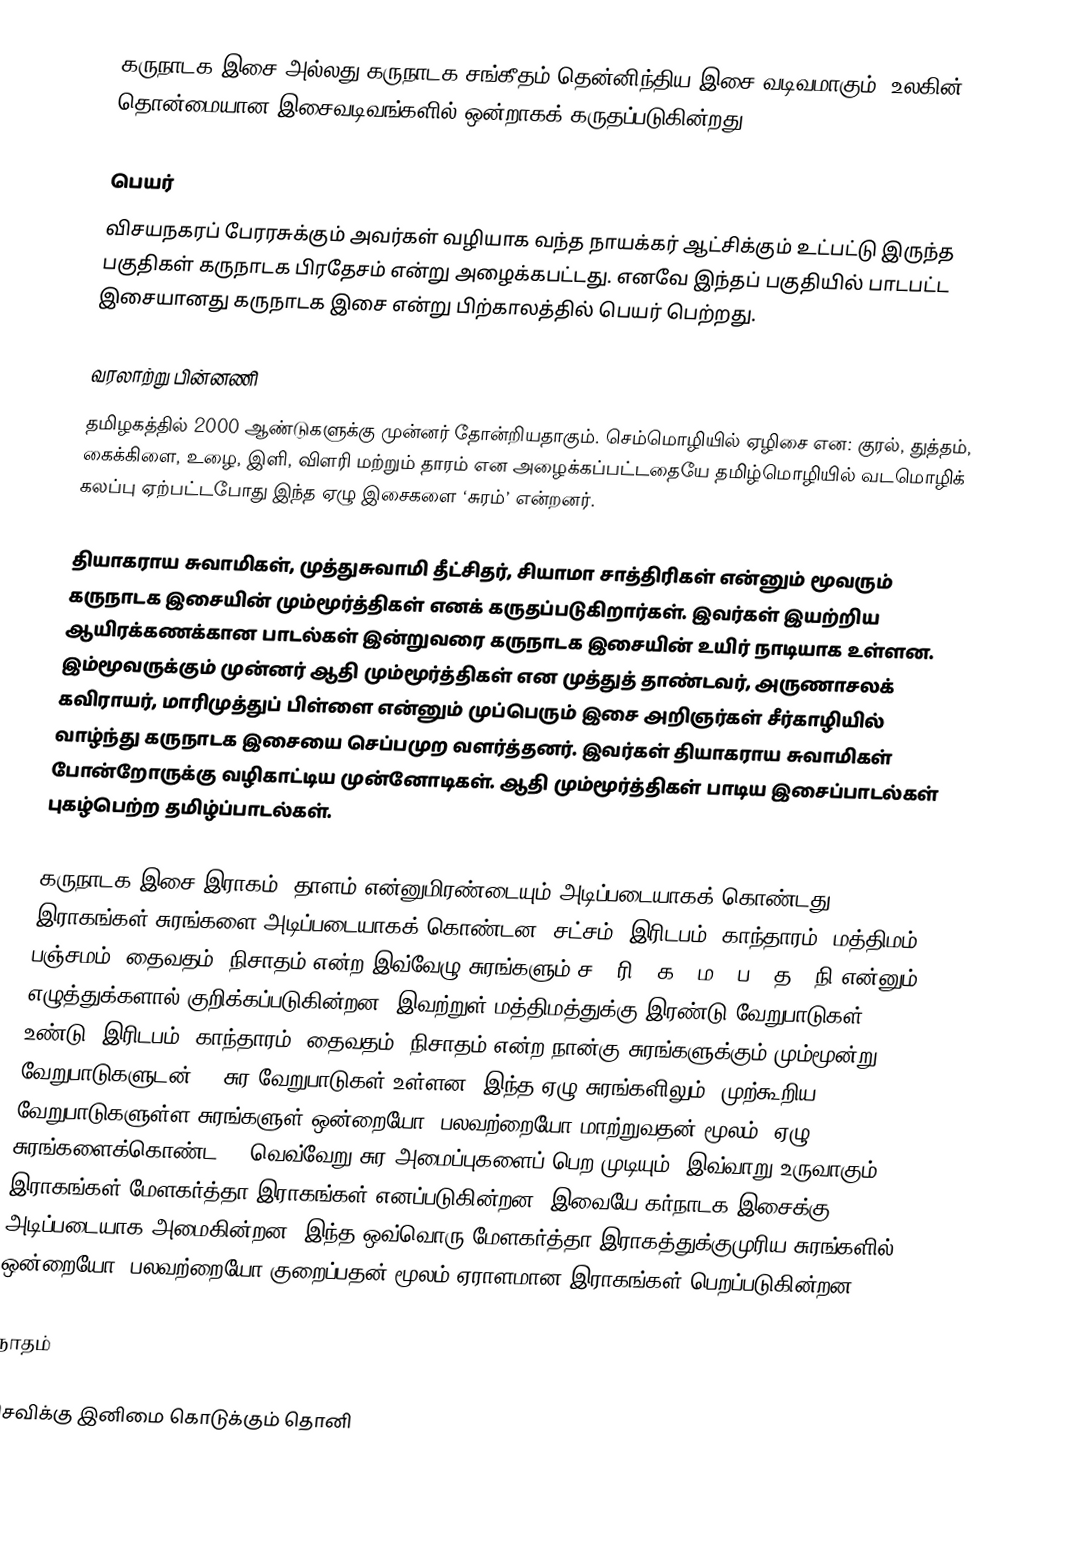
கருநாடக இசை அல்லது கருநாடக சங்கீதம் தென்னிந்திய இசை வடிவமாகும். உலகின் தொன்மையான இசைவடிவங்களில் ஒன்றாகக் கருதப்படுகின்றது.

பெயர்
விசயநகரப் பேரரசுக்கும் அவர்கள் வழியாக வந்த நாயக்கர் ஆட்சிக்கும் உட்பட்டு இருந்த பகுதிகள் கருநாடக பிரதேசம் என்று அழைக்கபட்டது. எனவே இந்தப் பகுதியில் பாடபட்ட இசையானது கருநாடக இசை என்று பிற்காலத்தில் பெயர் பெற்றது.

வரலாற்று பின்னணி
தமிழகத்தில் 2000 ஆண்டுகளுக்கு முன்னர் தோன்றியதாகும். செம்மொழியில் ஏழிசை என: குரல், துத்தம், கைக்கிளை, உழை, இளி, விளரி மற்றும் தாரம் என அழைக்கப்பட்டதையே  தமிழ்மொழியில் வடமொழிக் கலப்பு ஏற்பட்டபோது இந்த ஏழு இசைகளை ‘சுரம்’ என்றனர்.

தியாகராய சுவாமிகள், முத்துசுவாமி தீட்சிதர், சியாமா சாத்திரிகள் என்னும் மூவரும் கருநாடக இசையின் மும்மூர்த்திகள் எனக் கருதப்படுகிறார்கள். இவர்கள் இயற்றிய ஆயிரக்கணக்கான பாடல்கள் இன்றுவரை கருநாடக இசையின் உயிர் நாடியாக உள்ளன. இம்மூவருக்கும் முன்னர் ஆதி மும்மூர்த்திகள் என முத்துத் தாண்டவர், அருணாசலக் கவிராயர், மாரிமுத்துப் பிள்ளை என்னும் முப்பெரும் இசை அறிஞர்கள் சீர்காழியில் வாழ்ந்து கருநாடக இசையை செப்பமுற வளர்த்தனர். இவர்கள் தியாகராய சுவாமிகள் போன்றோருக்கு வழிகாட்டிய முன்னோடிகள். ஆதி மும்மூர்த்திகள் பாடிய இசைப்பாடல்கள் புகழ்பெற்ற தமிழ்ப்பாடல்கள்.

கருநாடக இசை இராகம், தாளம் என்னுமிரண்டையும் அடிப்படையாகக் கொண்டது. இராகங்கள் சுரங்களை அடிப்படையாகக் கொண்டன. சட்சம், இரிடபம், காந்தாரம், மத்திமம், பஞ்சமம், தைவதம், நிசாதம் என்ற இவ்வேழு சுரங்களும் ச – ரி – க – ம – ப – த – நி என்னும் எழுத்துக்களால் குறிக்கப்படுகின்றன. இவற்றுள் மத்திமத்துக்கு இரண்டு வேறுபாடுகள் உண்டு. இரிடபம், காந்தாரம், தைவதம், நிசாதம் என்ற நான்கு சுரங்களுக்கும் மும்மூன்று வேறுபாடுகளுடன் 16 சுர வேறுபாடுகள் உள்ளன. இந்த ஏழு சுரங்களிலும், முற்கூறிய வேறுபாடுகளுள்ள சுரங்களுள் ஒன்றையோ, பலவற்றையோ மாற்றுவதன் மூலம், ஏழு சுரங்களைக்கொண்ட 72 வெவ்வேறு சுர அமைப்புகளைப் பெற முடியும். இவ்வாறு உருவாகும் இராகங்கள் மேளகர்த்தா இராகங்கள் எனப்படுகின்றன. இவையே கர்நாடக இசைக்கு அடிப்படையாக அமைகின்றன. இந்த ஒவ்வொரு மேளகர்த்தா இராகத்துக்குமுரிய சுரங்களில் ஒன்றையோ, பலவற்றையோ குறைப்பதன் மூலம் ஏராளமான இராகங்கள் பெறப்படுகின்றன.

நாதம்

செவிக்கு இனிமை கொடுக்கும் தொனி